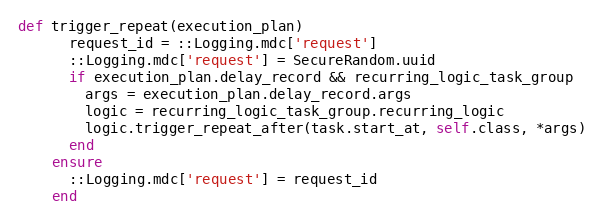
Language: Ruby
def trigger_repeat(execution_plan)
      request_id = ::Logging.mdc['request']
      ::Logging.mdc['request'] = SecureRandom.uuid
      if execution_plan.delay_record && recurring_logic_task_group
        args = execution_plan.delay_record.args
        logic = recurring_logic_task_group.recurring_logic
        logic.trigger_repeat_after(task.start_at, self.class, *args)
      end
    ensure
      ::Logging.mdc['request'] = request_id
    end